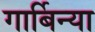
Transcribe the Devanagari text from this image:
गार्बिन्या